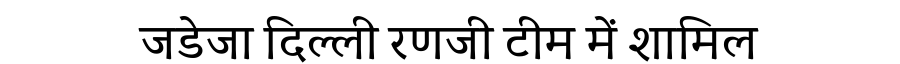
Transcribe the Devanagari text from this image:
जडेजा दिल्ली रणजी टीम में शामिल